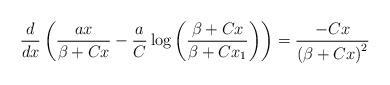
LaTeX: \begin{align*}\frac{d}{dx}\left( \frac{ax}{\beta + Cx} - \frac{a}{C}\log\left(\frac{\beta+Cx}{\beta+Cx_1} \right) \right) = \frac{-Cx}{\left(\beta + Cx\right)^2}\end{align*}